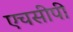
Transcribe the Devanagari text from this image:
एचसीपी